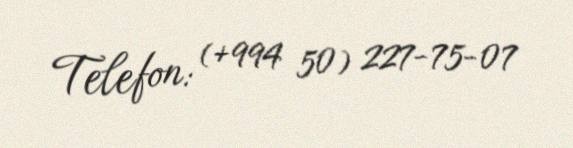
Telefon: (+994 50) 227-75-07